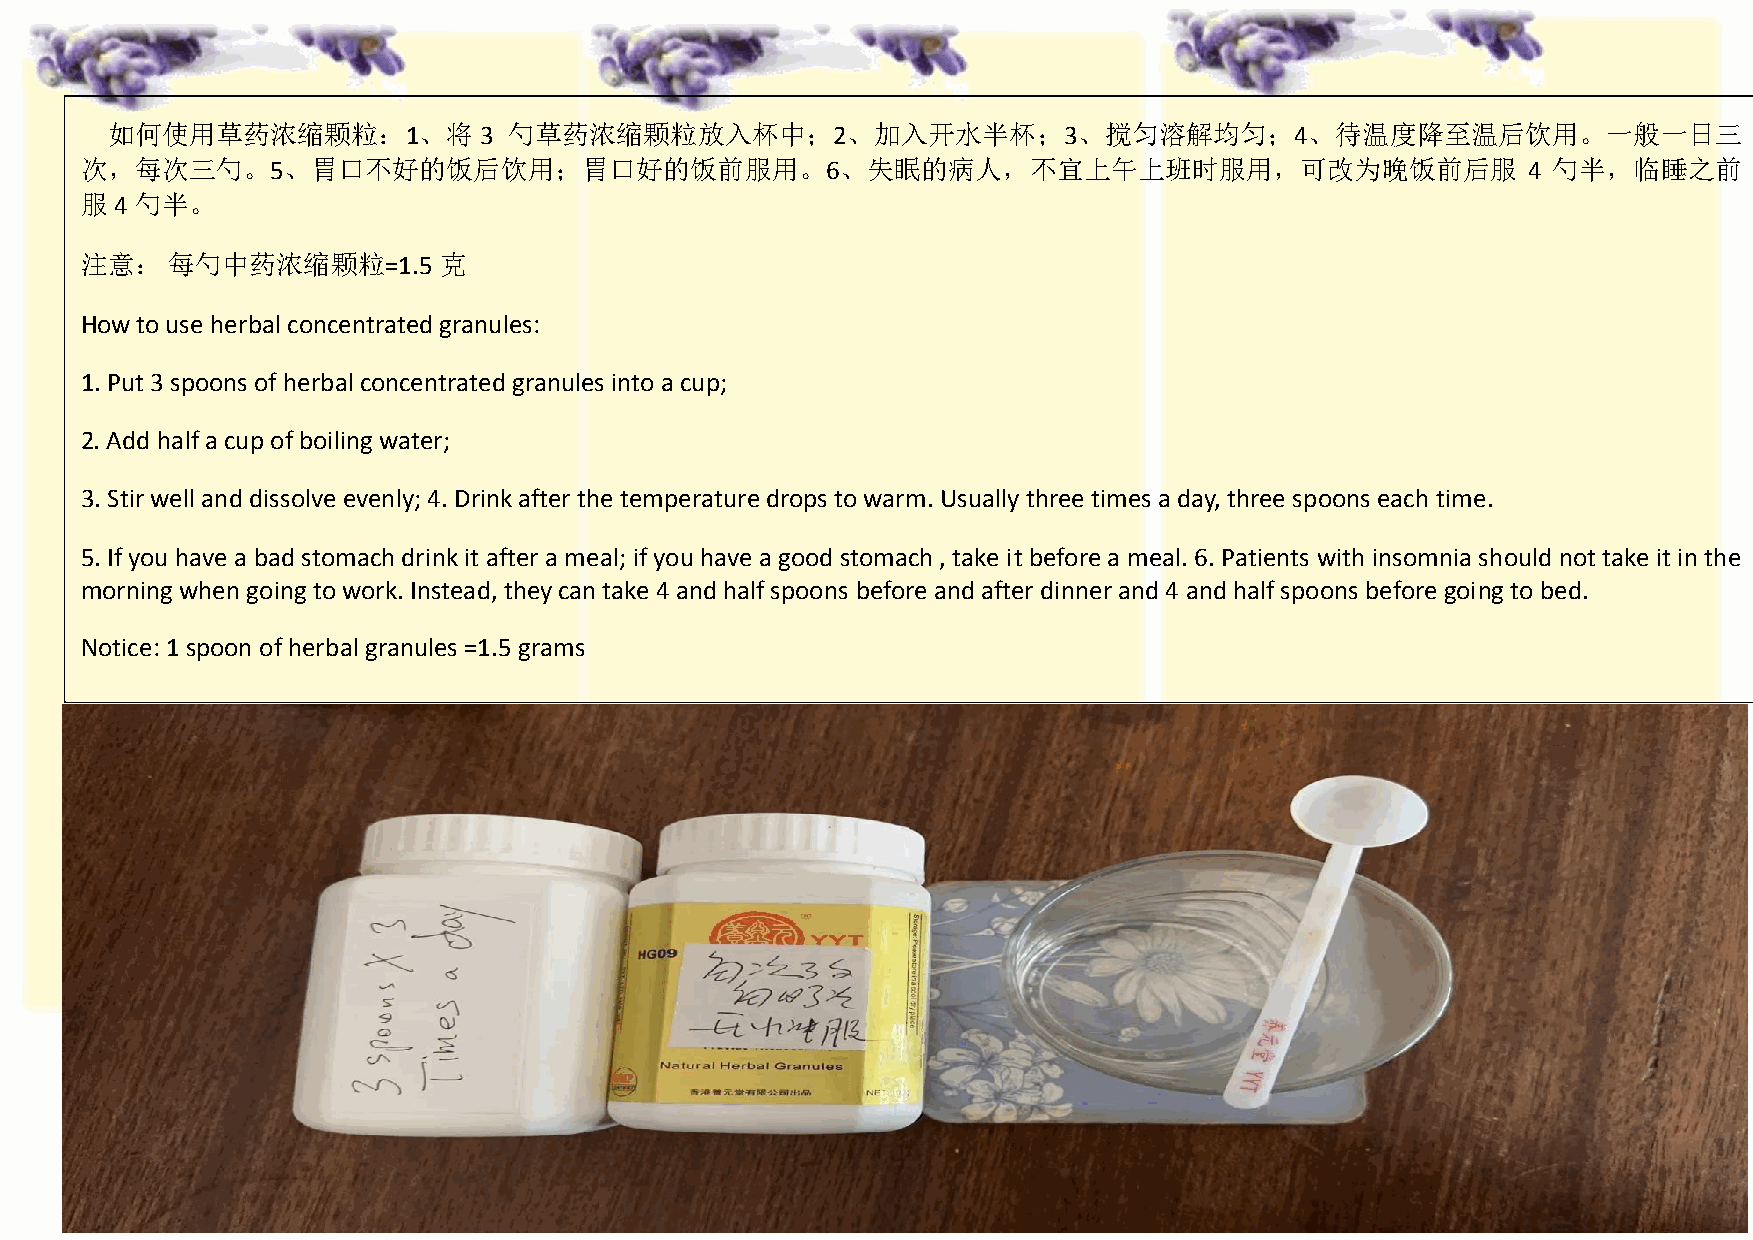
如何使用草药浓缩颗粒：1、将           3 勺草药浓缩颗粒放入杯中；2、加入开水半杯；3、搅匀溶解均匀；4、待温度降至温后饮用。一般一日三
 次，每次三勺。5、胃口不好的饭后饮用；胃口好的饭前服用。6、失眠的病人，不宜上午上班时服用，可改为晚饭前后服                                          4 勺半，临睡之前
 服  4 勺半。
 注意：   每勺中药浓缩颗粒=1.5      克
 How to use herbal concentrated granules:
 1. Put 3 spoons of herbal concentrated granules into a cup;
 2. Add half a cup of boiling water;
 3. Stir well and dissolve evenly; 4. Drink after the temperature drops to warm. Usually three times a day, three spoons each time.
 5. If you have a bad stomach drink it after a meal; if you have a good stomach , take it before a meal. 6. Patients with insomnia should not take it in the
 morning when going to work. Instead, they can take 4 and half spoons before and after dinner and 4 and half spoons before going to bed.
 Notice: 1 spoon of herbal granules =1.5 grams